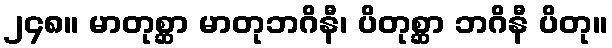
၂၄၈။ မာတုစ္ဆာ မာတုဘဂိနီ၊ ပိတုစ္ဆာ ဘဂိနီ ပိတု။